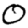
Digit: 0